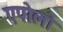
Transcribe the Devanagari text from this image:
एपोलो